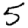
Digit: 5